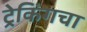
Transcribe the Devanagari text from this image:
ट्रेकिंगचा